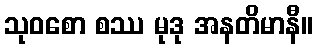
သုဝစော စဿ မုဒု အနတိမာနီ။